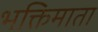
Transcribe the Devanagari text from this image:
भक्तिमाता